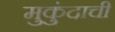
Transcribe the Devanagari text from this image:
मुकुंदाची